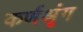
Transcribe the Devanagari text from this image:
कर्णश्रृंग